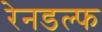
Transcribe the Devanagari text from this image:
रेनडल्फ